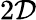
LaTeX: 2\mathcal{D}